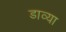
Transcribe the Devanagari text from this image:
डाव्‍या